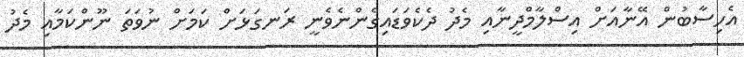
އެހިސާބުން އޭނާއަށް އިސްލާމްދީނާއި މެދު ދެކެވަޑައިގެންނެވެނީ ރަނގަޅަށް ކަމަށް ނުވަތަ ނޫންކަމާއި މެދު